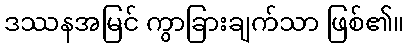
ဒဿနအမြင် ကွာခြားချက်သာ ဖြစ်၏။